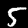
Digit: 5